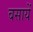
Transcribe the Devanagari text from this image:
बसायें